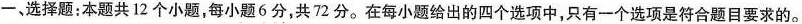
一、选择题：本题共12个小题，每小题6分，共72分。在每小题给出的四个选项中，只有一个选项是符合题目要求的。